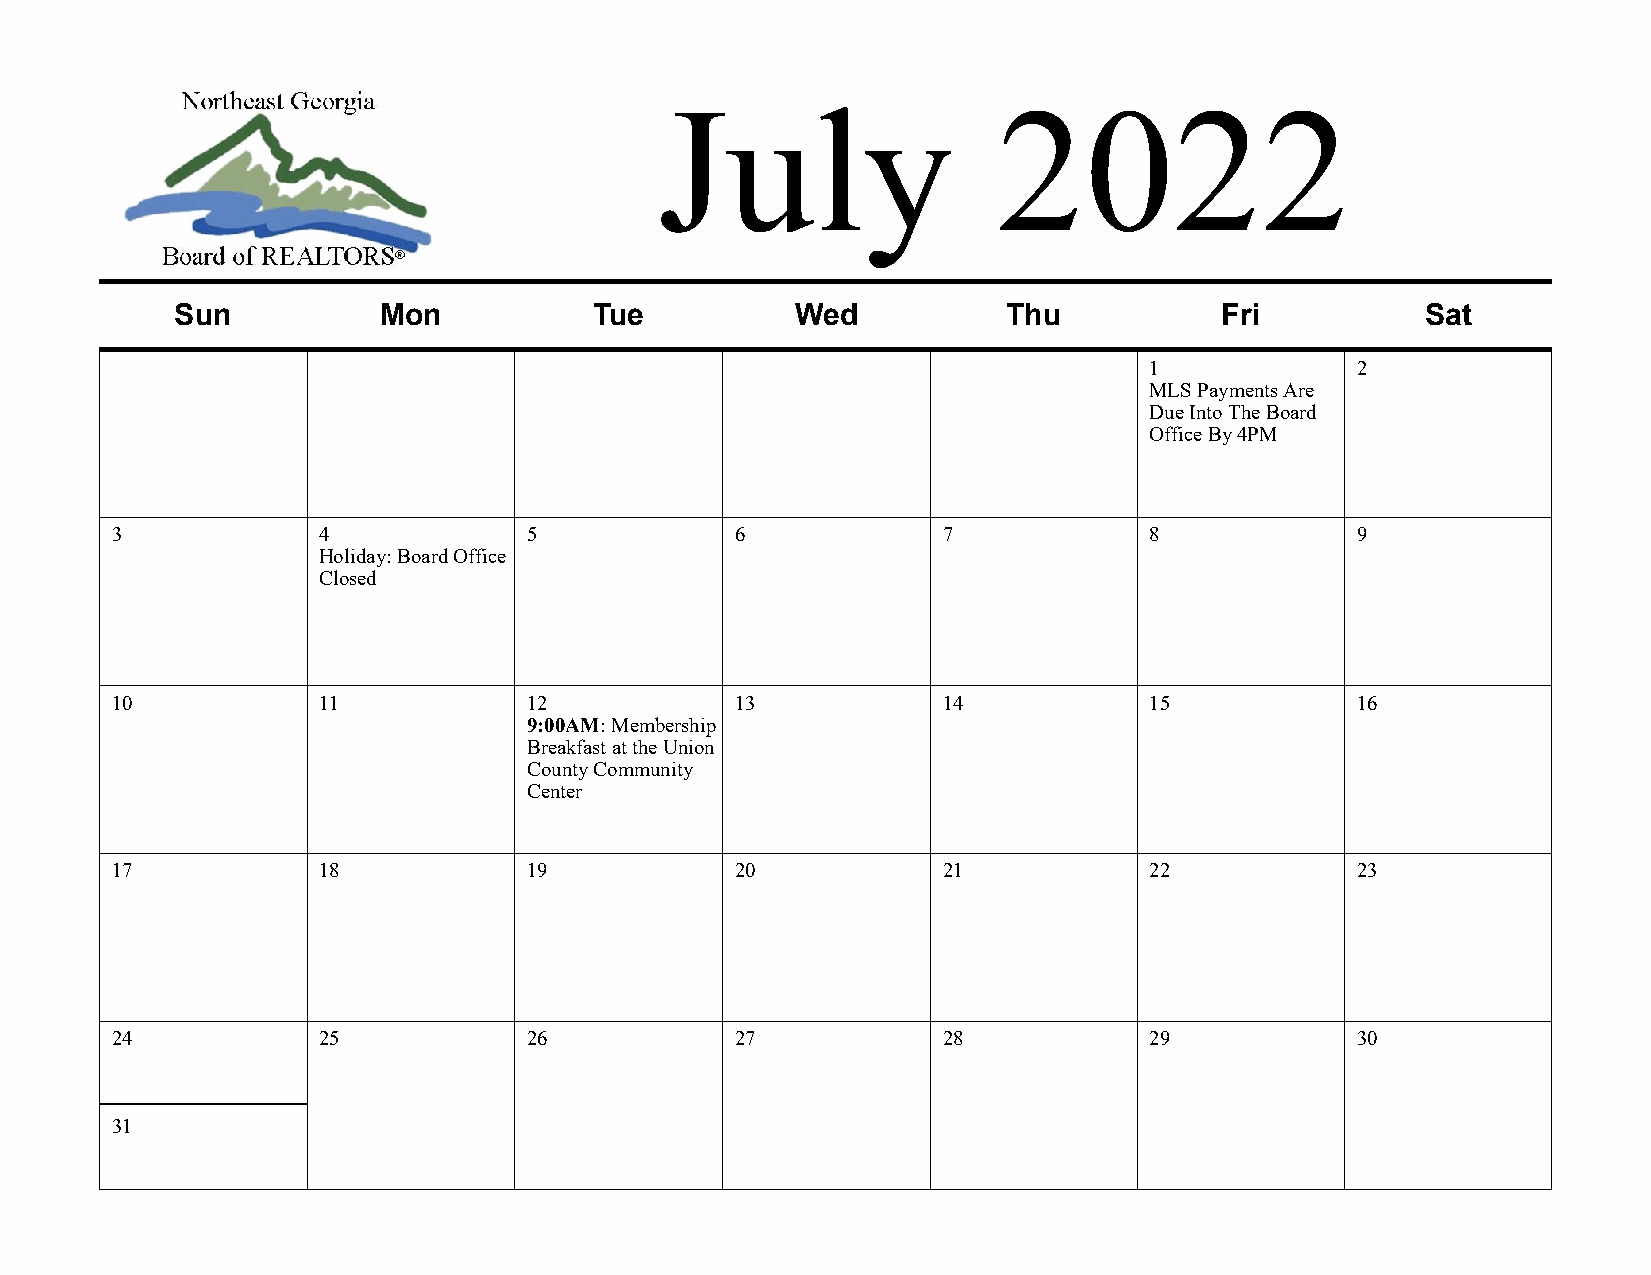
July                  2022
 Sun          Mon           Tue           Wed           Thu           Fri          Sat
 1             2
 MLS Payments Are
 Due Into The Board
 Office By 4PM
 3             4             5             6            7             8             9
 Holiday: Board Office
 Closed
 10            11            12            13           14            15            16
 9:00AM: Membership
 Breakfast at the Union
 County Community
 Center
 17            18            19            20           21            22            23
 24            25            26            27           28            29            30
 31